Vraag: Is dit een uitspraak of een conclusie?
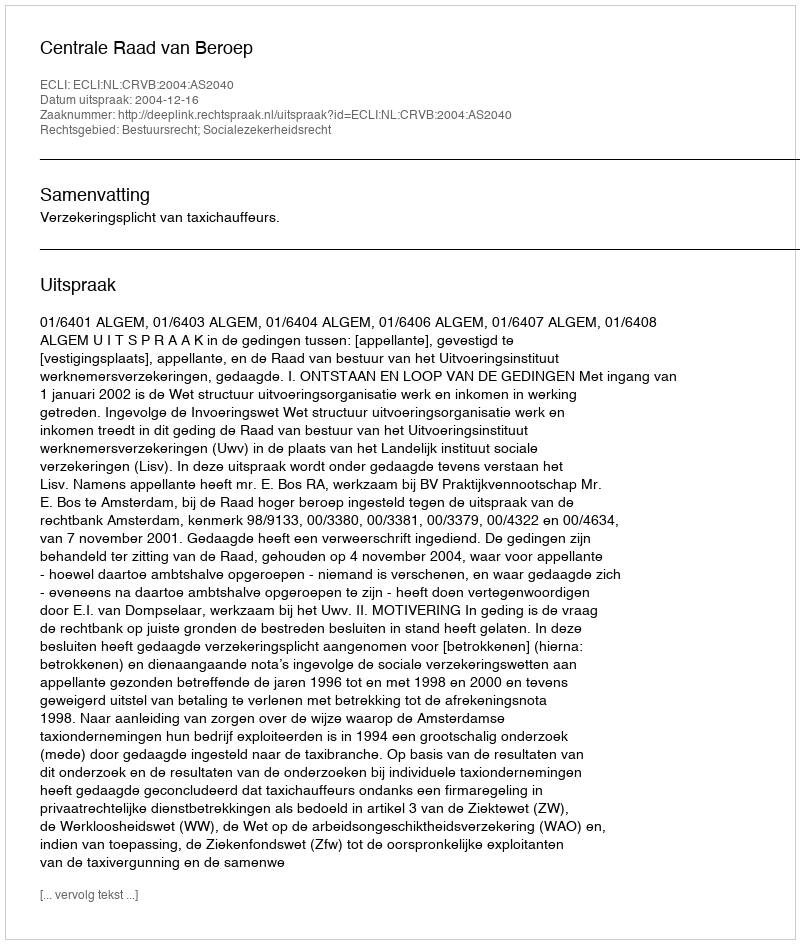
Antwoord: Uitspraak